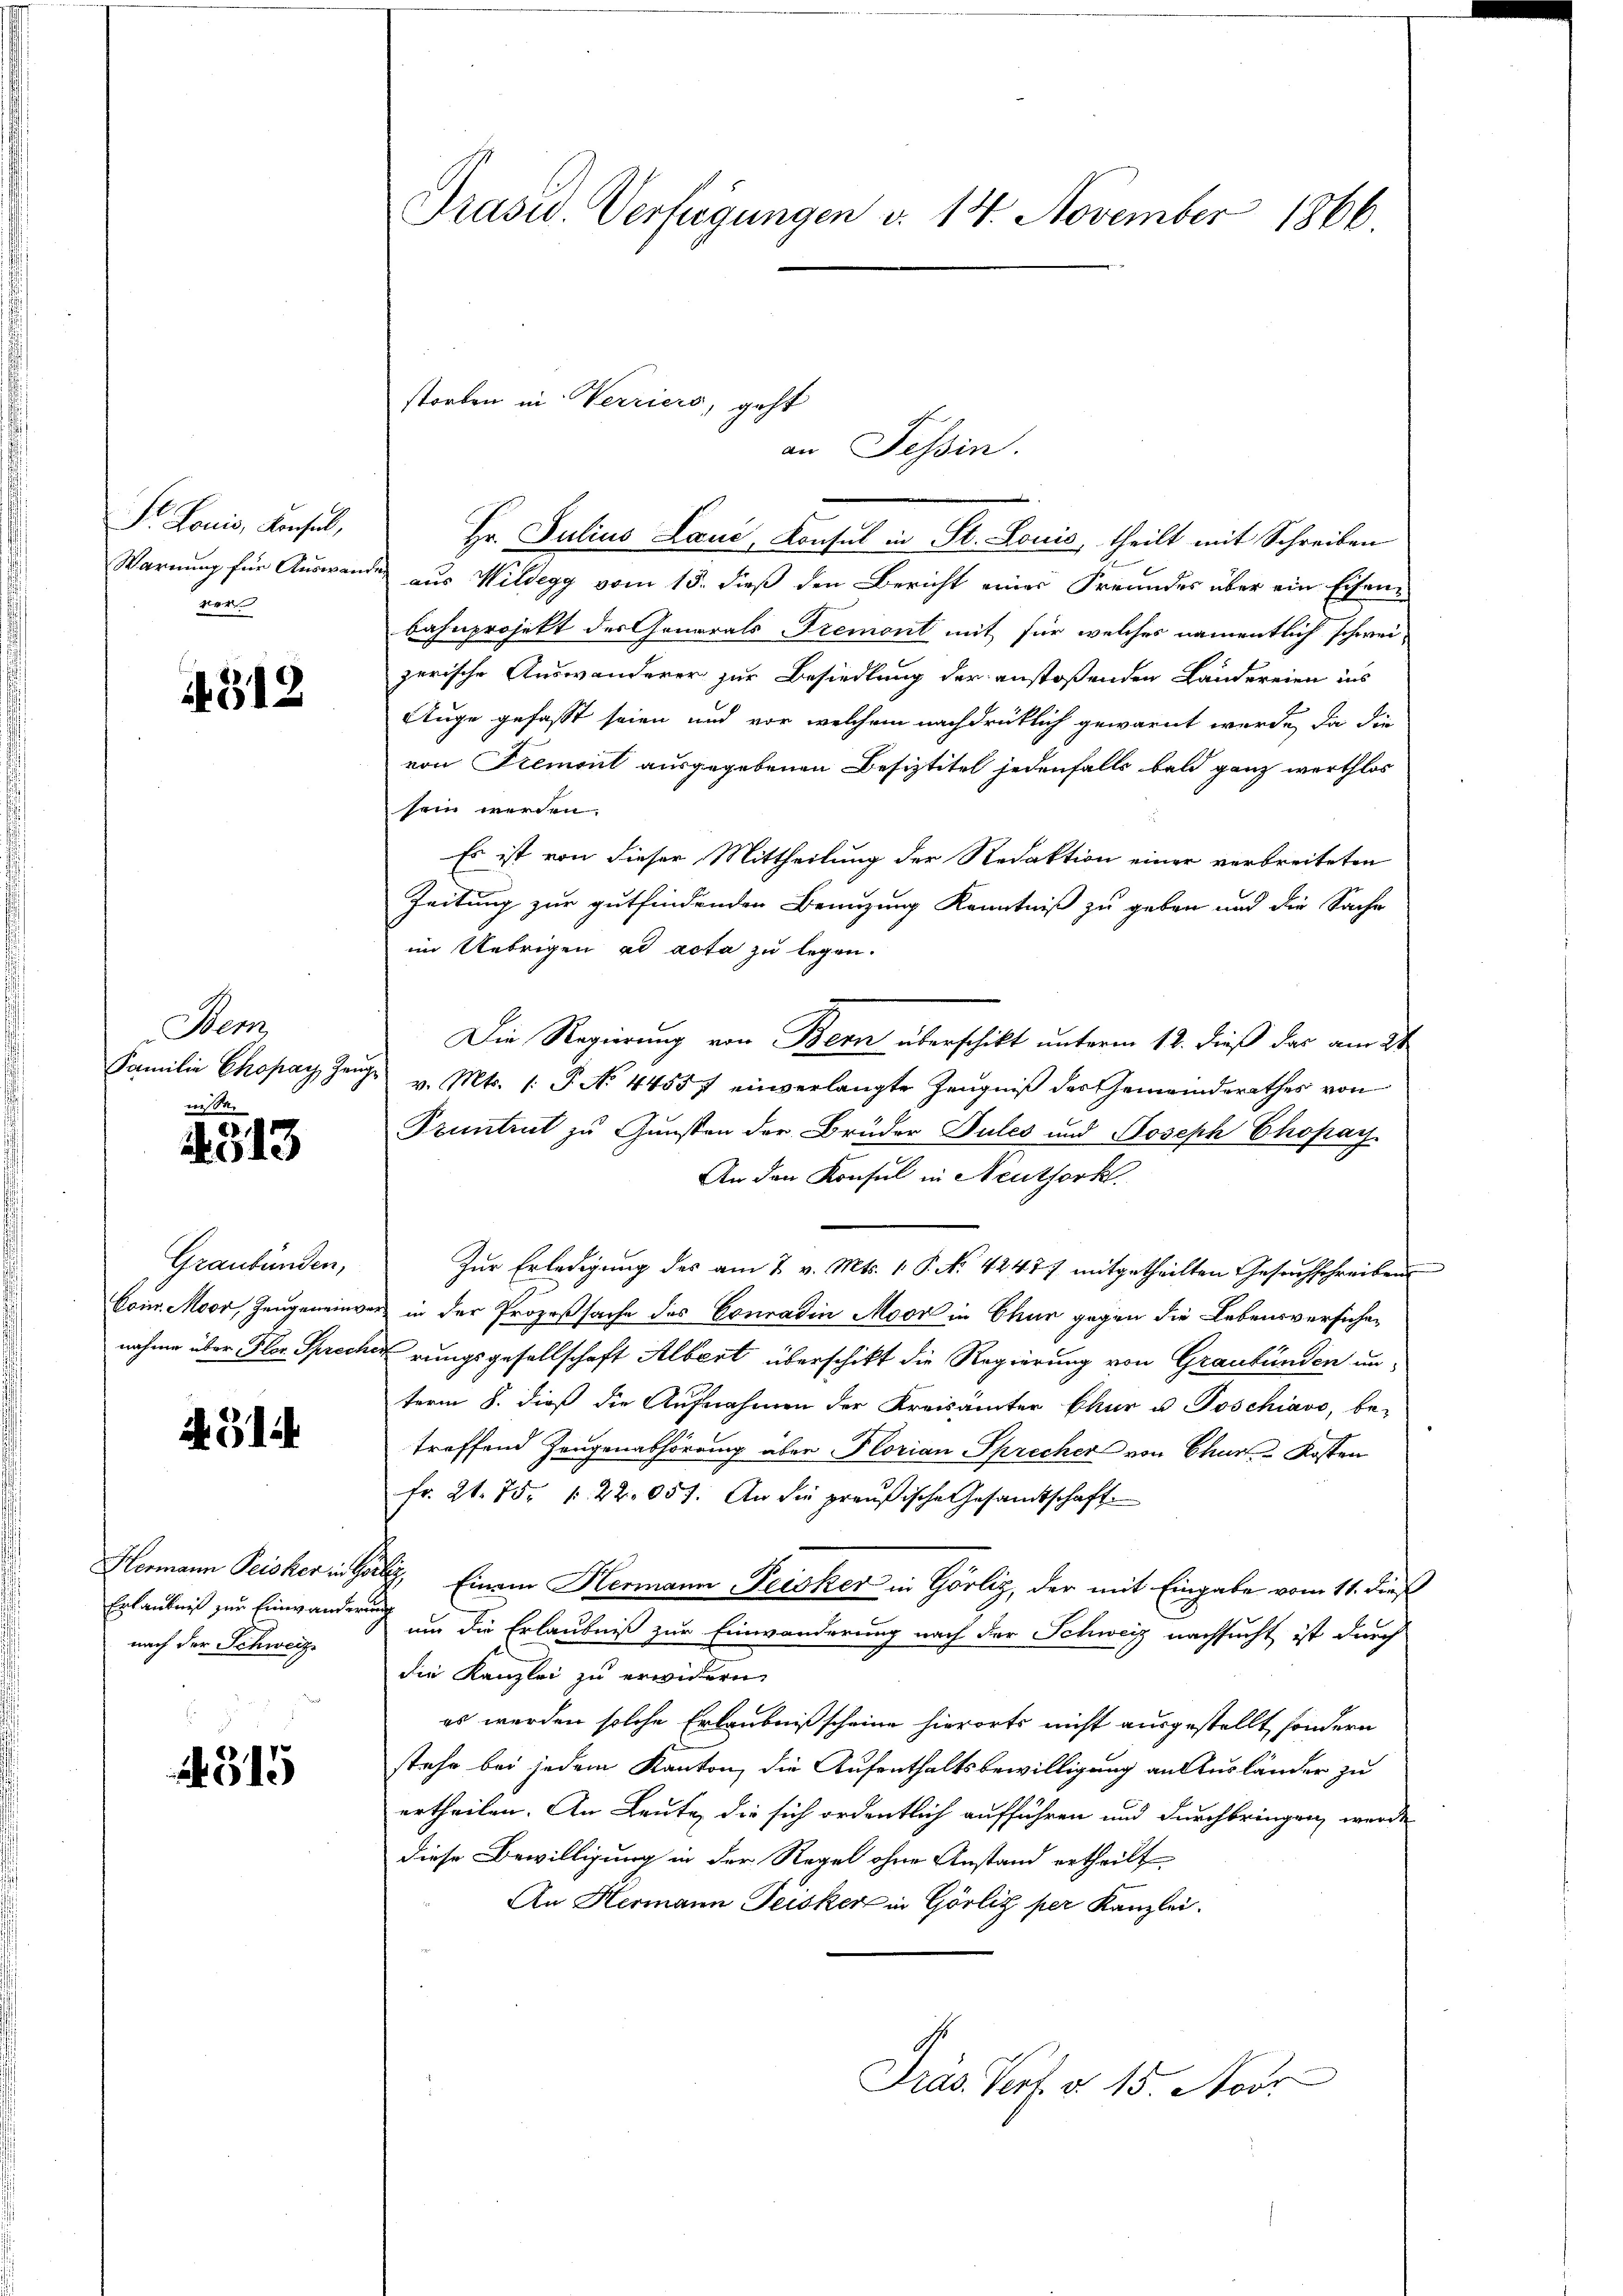
Sr Louis, Konsel,
ner

4312

Bem
nisse.

513

Graubünden,

AG14

Erlaubniß zur Einwanderung
nach der Schweize

4515

Präsid. Verfügungen d. 14. November 1866.

Hr. Julius Land, Konsul in St. Louis, theilt mit Schreiben
Warnung für Auswande aus Wildegg vom 15. dieß den Bericht einer Freundes über ein Eisenbahnprojekt der Generals Tremont mit für welches namentlich schweizerische Auswanderer zur Besiedlung der anstoßenden Ländereien ins
Auge gefasst seien und vor welchem nachdrücklich gewarnt werde, da die
von Piemont ausgegebenen Besiztitel jedenfalls bald ganz werthlos
sein werden.
Es ist von dieser Mittheilung der Redaktion einer verbreiteten
Zeitung zur gutfindenden Benutzung Kenntniß zu geben und die Sache
im Uebrigen ad acta zu legen.
Die Regierung von Bern überschikt unterm 12. dieß das am 21.
Familie Chopayger v. Mts. 1. P. No 4455 f einverlangte Zeŭgniβ der Gemeinderathes von
Pruntrut zu Gunsten der Brüder Pules und Joseph Chopay.
An den Konsul in Aeuthork
Zur Erledigung des am 7. v. Mts. 1. P. No 42477 mitgetheilten Gesuchschreiben
Coin. Moor, Zeugeneinver in der Prozeßsache des Conradin Moor in Chur gegen die Lebensversichenahme über Flor Sprecherungsgesellschaft Albert überschikt die Regierung von Graubünden un-
term 8. dieß die Aufnahmen der Kreisämter Chur u. Poschiavo, be-
troffend Zeugenabhörung über Florian Sprecher von Chur-Kosten
fr. 21. 75. 122. 057. An die preußische Gesandtschaft
Hermann Peisher in Gallis, Einem Hermann Peisker in Görliz, der mit Eingabe vom 11. dieß
um die Erlaubniß zur Einwanderung nach der Schweiz nachsucht ist durch
die Kanzlei zu erwidern.
es werden solche Erlaubniß scheine hierorts nicht ausgestellt, sondern
stehe bei jedem Kanton, die Aufenthaltsbewilligung an Ausländer zu
ertheilen. An Leute, die sich ordentlich aufführen und durchbringen werde
diese Bewilligung in der Regel ohne Anstand ertheilt
An Hermann Teisker in Görliz per Kanzlei.
Präs. Vert. d. 15. Novr

storben in Verriers, geht
an Tessin.